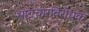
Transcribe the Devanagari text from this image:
भ्रष्टाचारविरोधक